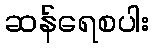
ဆန်ရေစပါး